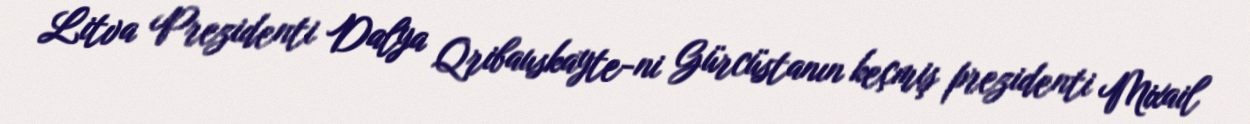
Litva Prezidenti Dalya Qribauskayte-ni Gürcüstanın keçmiş prezidenti Mixail